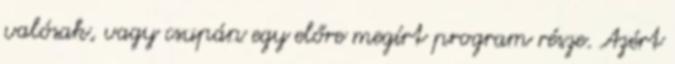
valósak, vagy csupán egy előre megírt program része. Azért